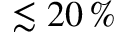
\lesssim 2 0 \, \%